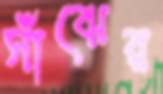
সাঁঝের